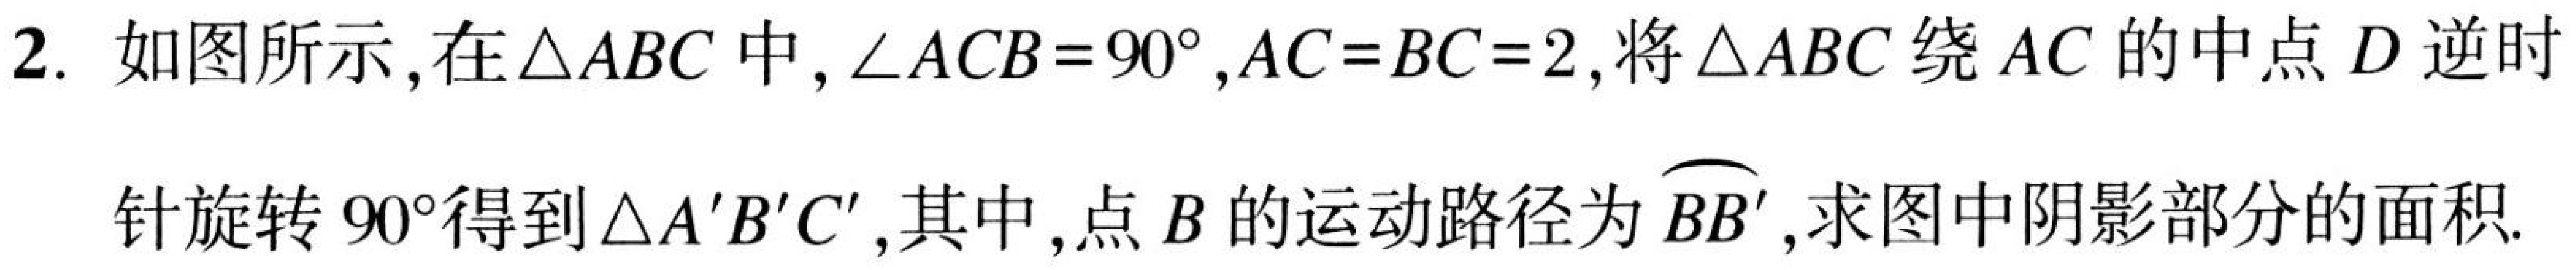
2. 如图所示,在\(\triangle ABC\)中,\(\angle ACB = 90^{\circ},AC = BC = 2\),将\(\triangle ABC\)绕\(AC\)的中点\(D\)逆时
针旋转\(90^{\circ}\)得到\(\triangle A'B'C'\),其中,点\(B\)的运动路径为\(\overset{\frown}{BB'}\),求图中阴影部分的面积.